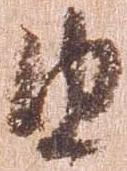
由